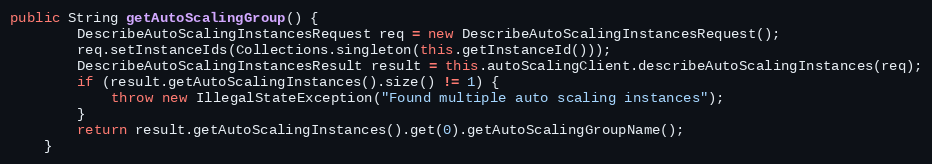
Language: Java
public String getAutoScalingGroup() {
        DescribeAutoScalingInstancesRequest req = new DescribeAutoScalingInstancesRequest();
        req.setInstanceIds(Collections.singleton(this.getInstanceId()));
        DescribeAutoScalingInstancesResult result = this.autoScalingClient.describeAutoScalingInstances(req);
        if (result.getAutoScalingInstances().size() != 1) {
            throw new IllegalStateException("Found multiple auto scaling instances");
        }
        return result.getAutoScalingInstances().get(0).getAutoScalingGroupName();
    }